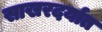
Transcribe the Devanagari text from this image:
साखरदर्यात